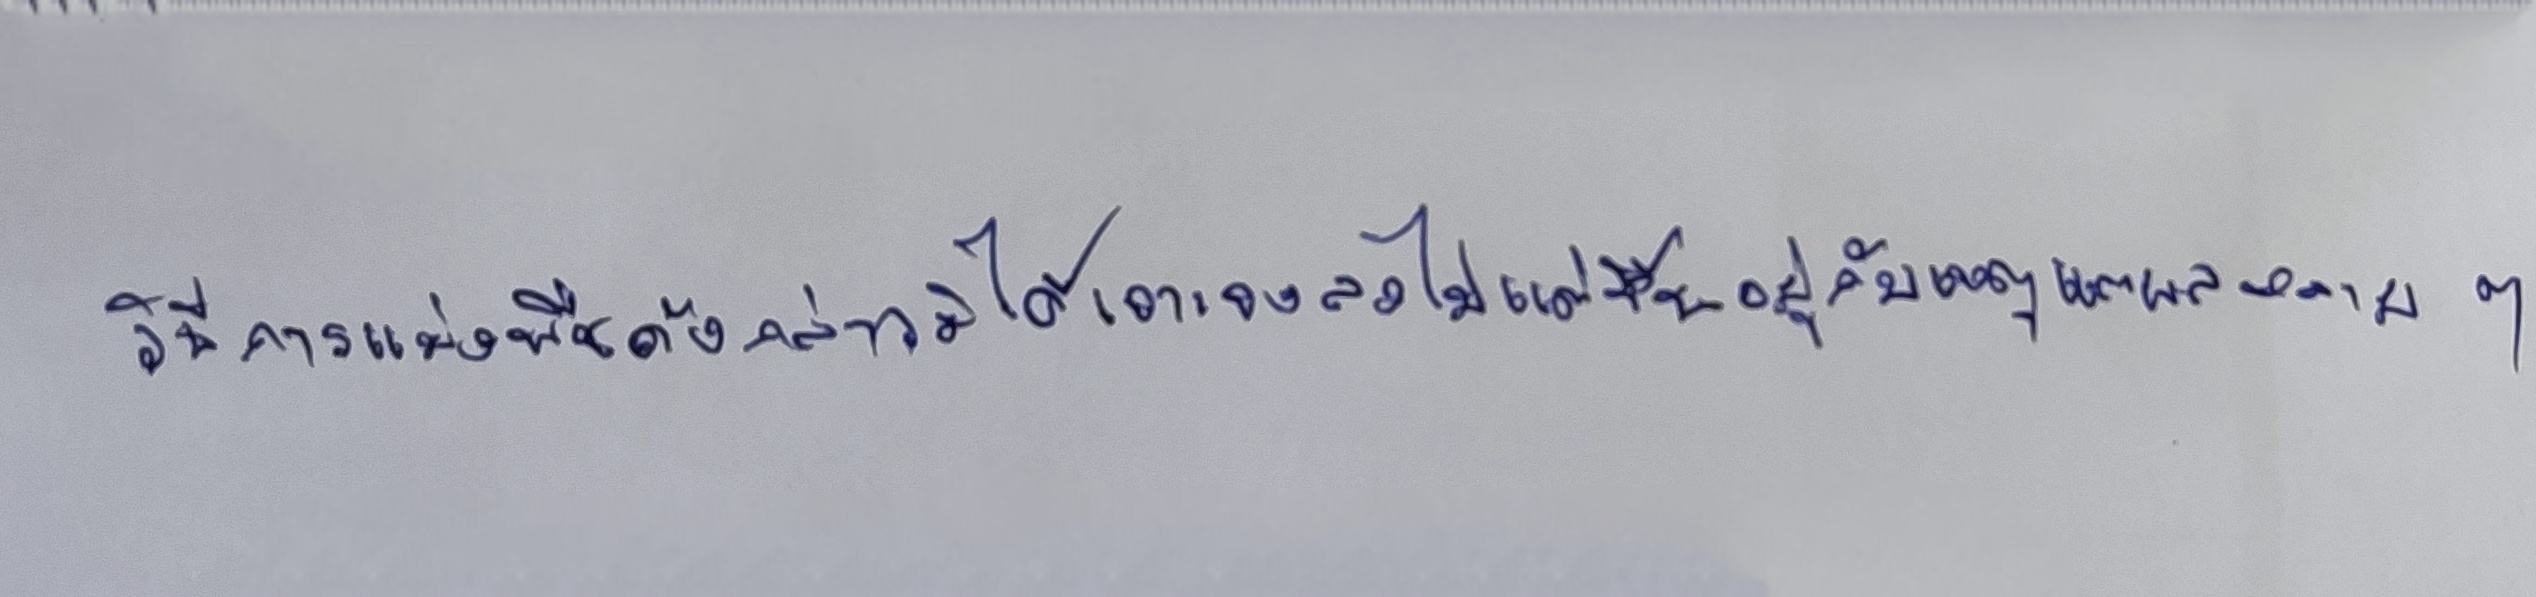
วิธีการแบ่งพืชดังกล่าวมิได้เจาะจงลงไปแต่ขึ้นอยู่กับเหตุผลหลายๆ